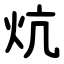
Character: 炕